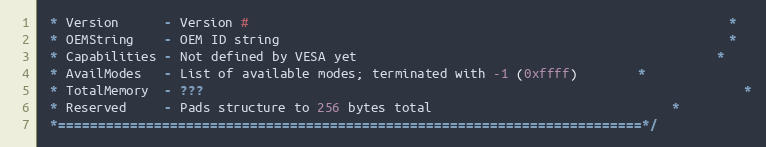
Language: C
 * Version      - Version #																*
 * OEMString    - OEM ID string															*
 * Capabilities - Not defined by VESA yet												*
 * AvailModes   - List of available modes; terminated with -1 (0xffff)		*
 * TotalMemory  - ???																		*
 * Reserved     - Pads structure to 256 bytes total								*
 *=========================================================================*/